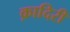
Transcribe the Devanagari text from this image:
क़ादिरी